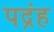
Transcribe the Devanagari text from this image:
पद्रंह